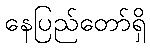
နေပြည်တော်ရှိ